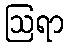
ဩရာ